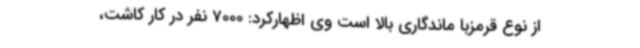
از نوع قرمزبا ماندگاری بالا است وی اظهارکرد: 7000 نفر در کار کاشت،